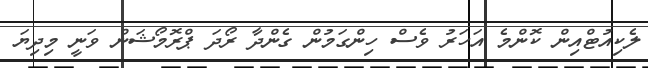
ލެކިއުޓްއިން ކޮންމެ އަހަރު ވެސް ހިންގަމުން ގެންދާ ރޯދަ ޕްރޮމޯޝަން ވަނީ މިދިޔަ